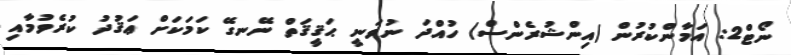
ނޯޓް2: އަމާންކުރުން (އިންޝުރެންސް) ހުއްދަ ނުވަނީ ޙަޤީޤަތް ނޭނގޭ ކަމަކަށް ޢަޤުދު ކުރެވުމާއި